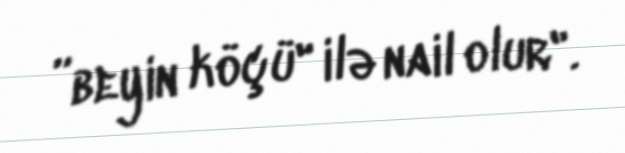
”beyin köçü" ilə nail olur".